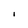
Character: i